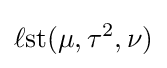
\operatorname {\ell st} (\mu ,\tau ^{2},\nu )